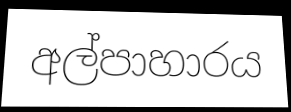
අල්පාහාරය